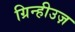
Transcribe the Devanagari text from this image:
ग्रिन्हीउज़